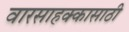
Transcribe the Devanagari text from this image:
वारसाहक्कासाठी